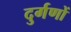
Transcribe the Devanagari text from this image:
दुर्गणों